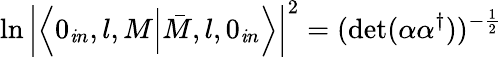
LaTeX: \ln\left|\left\langle0_{\mathit{i}n},l,M\Bigl|\bar{{M}},l,0_{\mathit{i}n}\right\rangle\right|^{2}=(\mathrm{{det}}(\alpha\alpha^{\dagger}))^{-\frac{{1}}{{2}}}